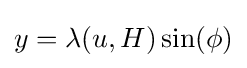
y=\lambda (u,H)\sin(\phi )